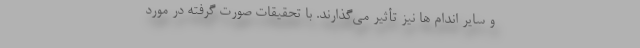
و سایر اندام ها نیز تأثیر می‌گذارند. با تحقیقات صورت گرفته در مورد